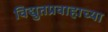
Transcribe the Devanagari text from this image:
विद्युतप्रवाहाच्या